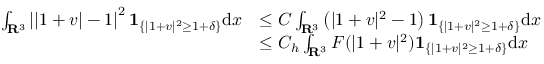
\begin{array} { r l } { \int _ { { \mathbf R } ^ { 3 } } \left| | 1 + v | - 1 \right| ^ { 2 } \mathbf { 1 } _ { \{ | 1 + v | ^ { 2 } \geq 1 + \delta \} } \mathrm d x } & { \leq C \int _ { { \mathbf R } ^ { 3 } } \left( | 1 + v | ^ { 2 } - 1 \right) \mathbf { 1 } _ { \{ | 1 + v | ^ { 2 } \geq 1 + \delta \} } \mathrm d x } \\ & { \leq C _ { h } \int _ { { \mathbf R } ^ { 3 } } F ( | 1 + v | ^ { 2 } ) \mathbf { 1 } _ { \{ | 1 + v | ^ { 2 } \geq 1 + \delta \} } \mathrm d x } \end{array}